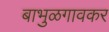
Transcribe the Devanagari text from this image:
बाभुळगावकर